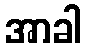
အာခါ